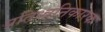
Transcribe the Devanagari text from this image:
प्रतिध्वनिकारक